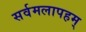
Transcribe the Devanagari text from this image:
सर्वमलापहम्